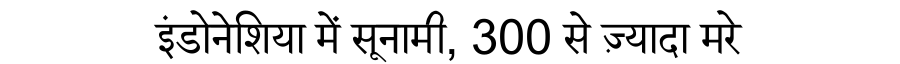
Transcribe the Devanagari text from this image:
इंडोनेशिया में सूनामी, 300 से ज़्यादा मरे